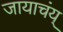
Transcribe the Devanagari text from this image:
जायाचंय्‌